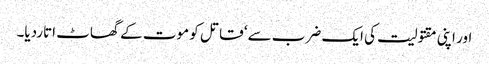
اور اپنی مقتولیت کی ایک ضرب سے‘ قاتل کو موت کے گھاٹ اتاردیا۔